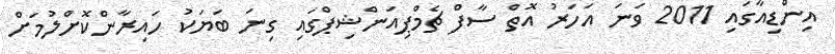
އިންޑިއާގައި 2011 ވަނަ އަހަރު އޮތް ސާފް ޗެމްޕިއަންޝިޕްގައި ގިނަ ބަޔަކު ހައިރާންކޮށްލުމަށް